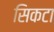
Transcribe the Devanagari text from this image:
सिकटा